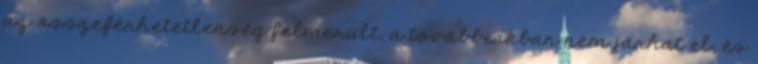
az összeférhetetlenség felmerült, a továbbiakban nem járhat el, és